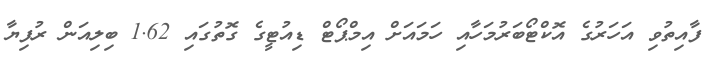
ފާއިތުވި އަހަރުގެ އޮކްޓޯބަރުމަހާއި ހަމައަށް އިމްޕޯޓް ޑިއުޓީގެ ގޮތުގައި 1.62 ބިލިއަން ރުފިޔާ